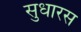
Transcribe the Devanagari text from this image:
सुधारस